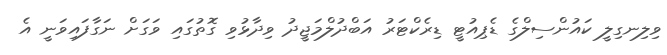
ވިލިނގިލީ ކައުންސިލްގެ ޑެޕިއުޓީ ޑިރެކްޓަރު އަބްދުލްމަޖީދު ވިދާޅުވި ގޮތުގައި ވަގަށް ނަގާފައިވަނީ އެ